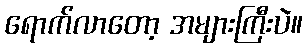
ရောက်လာတော့ အများကြီးပဲ။